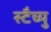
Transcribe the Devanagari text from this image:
स्टैच्यु